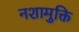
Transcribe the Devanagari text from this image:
नशामुक्ति